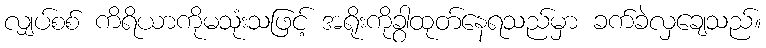
လျှပ်စစ် ကိရိယာကိုမသုံးသဖြင့် အရိုးကိုခွာထုတ်နေရသည်မှာ ခက်ခဲလှချေသည်။